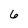
Character: 6